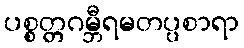
ပစ္စတ္တဂမ္ဘီရမတပ္ပစာရာ